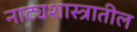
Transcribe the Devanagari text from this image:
नाट्यशास्त्रातील